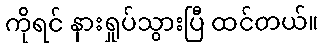
ကိုရင် နားရှုပ်သွားပြီ ထင်တယ်။